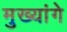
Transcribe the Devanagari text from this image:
मुख्यांगे